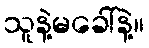
သူနဲ့မခေါ်နဲ့။